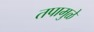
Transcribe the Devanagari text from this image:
तपामुळे